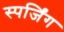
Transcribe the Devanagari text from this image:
स्पर्जिंग